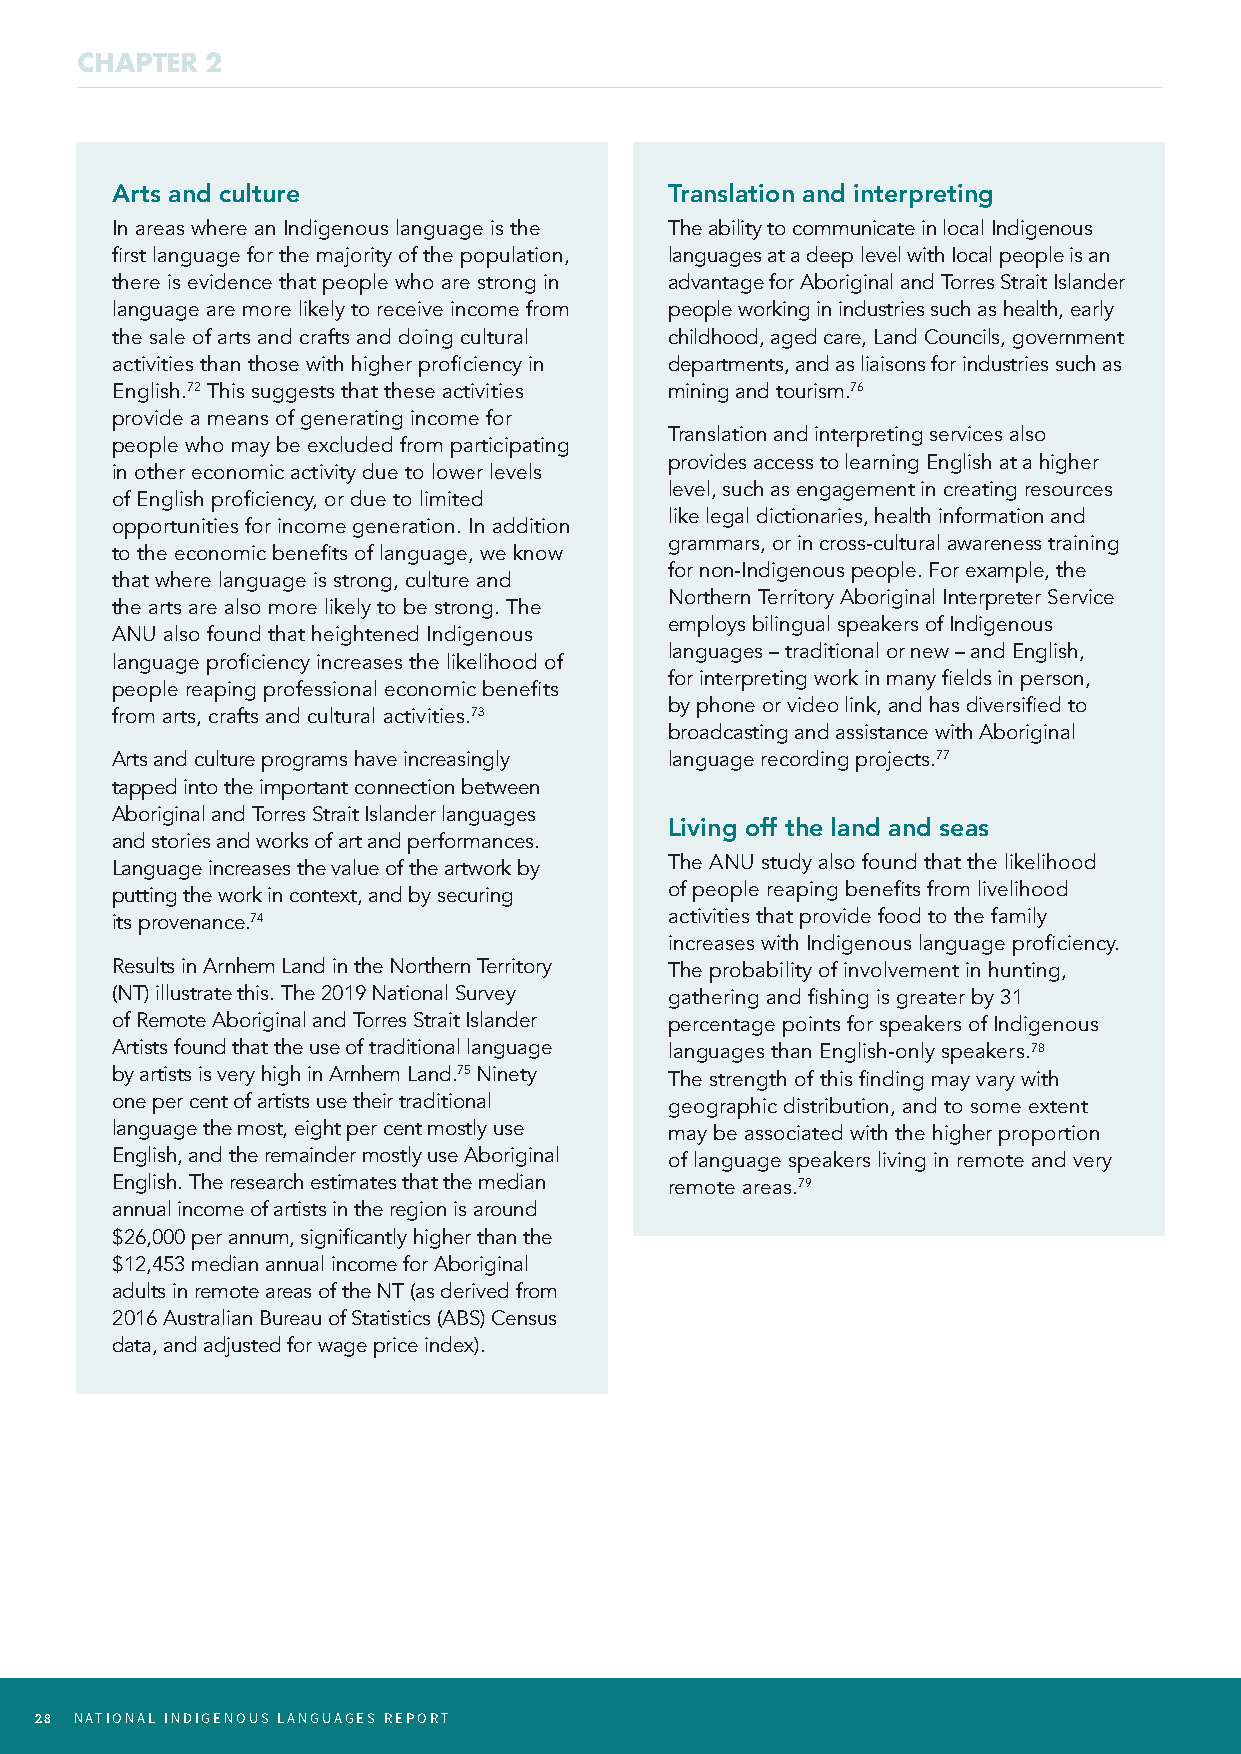
CHAPTER  2
 Arts and culture                     Translation and interpreting
 In areas where an Indigenous language is the The ability to communicate in local Indigenous
 first language for the majority of the population, languages at a deep level with Iocal people is an
 there is evidence that people who are strong in advantage for Aboriginal and Torres Strait Islander
 language are more likely to receive income from people working in industries such as health, early
 the sale of arts and crafts and doing cultural childhood, aged care, Land Councils, government
 activities than those with higher proficiency in departments, and as liaisons for industries such as
 English.72 This suggests that these activities mining and tourism.76
 provide a means of generating income for
 Translation and interpreting services also
 people who may be excluded from participating
 provides access to learning English at a higher
 in other economic activity due to lower levels
 level, such as engagement in creating resources
 of English proficiency, or due to limited
 like legal dictionaries, health information and
 opportunities for income generation. In addition
 grammars, or in cross-cultural awareness training
 to the economic benefits of language, we know
 for non-Indigenous people. For example, the
 that where language is strong, culture and
 Northern Territory Aboriginal Interpreter Service
 the arts are also more likely to be strong. The
 employs bilingual speakers of Indigenous
 ANU also found that heightened Indigenous
 languages – traditional or new – and English,
 language proficiency increases the likelihood of
 for interpreting work in many fields in person,
 people reaping professional economic benefits
 by phone or video link, and has diversified to
 from arts, crafts and cultural activities.73
 broadcasting and assistance with Aboriginal
 Arts and culture programs have increasingly language recording projects.77
 tapped into the important connection between
 Aboriginal and Torres Strait Islander languages
 Living off the land and seas
 and stories and works of art and performances.
 Language increases the value of the artwork by The ANU study also found that the likelihood
 putting the work in context, and by securing of people reaping benefits from livelihood
 its provenance.74                    activities that provide food to the family
 increases with Indigenous language proficiency.
 Results in Arnhem Land in the Northern Territory The probability of involvement in hunting,
 (NT) illustrate this. The 2019 National Survey gathering and fishing is greater by 31
 of Remote Aboriginal and Torres Strait Islander percentage points for speakers of Indigenous
 Artists found that the use of traditional language languages than English-only speakers.78
 by artists is very high in Arnhem Land.75 Ninety The strength of this finding may vary with
 one per cent of artists use their traditional geographic distribution, and to some extent
 language the most, eight per cent mostly use may be associated with the higher proportion
 English, and the remainder mostly use Aboriginal of language speakers living in remote and very
 English. The research estimates that the median remote areas.79
 annual income of artists in the region is around
 $26,000 per annum, significantly higher than the
 $12,453 median annual income for Aboriginal
 adults in remote areas of the NT (as derived from
 2016 Australian Bureau of Statistics (ABS) Census
 data, and adjusted for wage price index).
 28 NATIONAL INDIGENOUS LANGUAGES REPORT